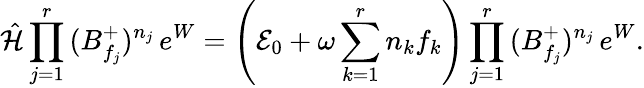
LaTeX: \hat{\cal H}\prod_{j=1}^{r}\, (B_{f_{j}}^{+})^{n_{j}}\, e^{W}=\left({\cal E}_{0}+\omega\sum_{k=1}^{r}n_{k}f_{k}\right)\prod_{j=1}^{r}\, (B_{f_{j}}^{+})^{n_{j}}\, e^{W}.